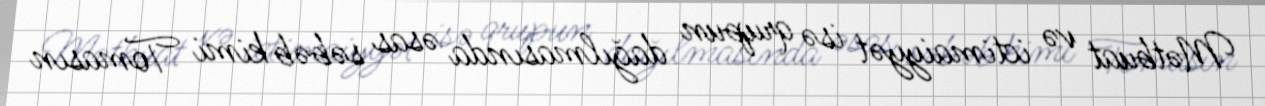
Mətbuat və ictimaiyyət isə qrupun dağılmasında əsas səbəb kimi Tomasın